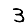
Digit: 3